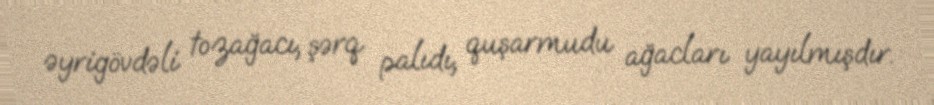
əyrigövdəli tozağacı, şərq palıdı, quşarmudu ağacları yayılmışdır.